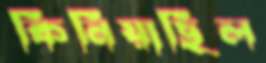
কিনিয়াছিল